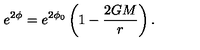
e ^ { 2 \phi } = e ^ { 2 \phi _ { 0 } } \left( 1 - \frac { 2 G M } { r } \right) .